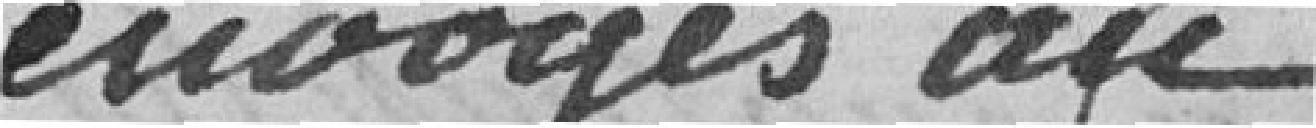
envoyés au